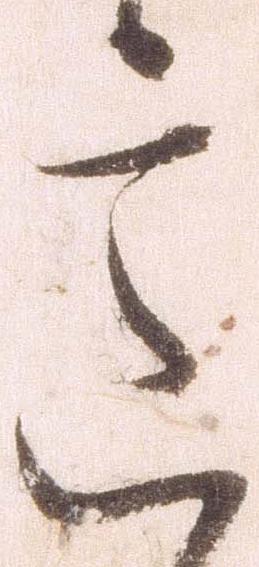
意